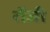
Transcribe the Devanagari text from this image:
रोंजी